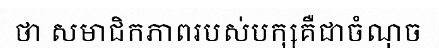
ថា សមាជិកភាពរបស់បក្សគឺជាចំណុច